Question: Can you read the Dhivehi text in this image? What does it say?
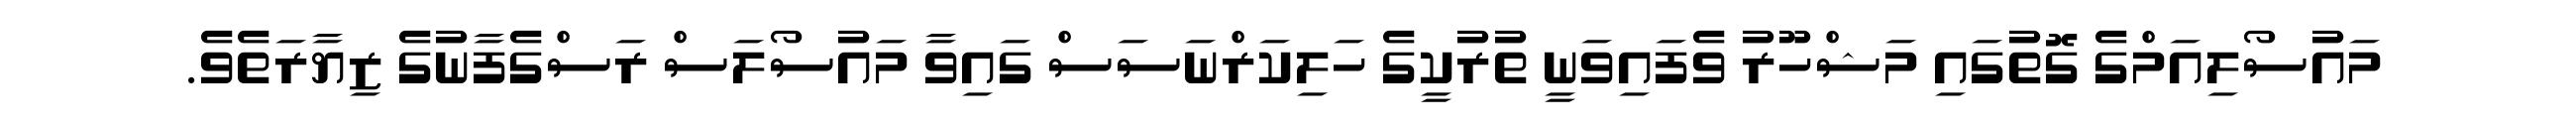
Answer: މައުސޯލިއަމްގެ ގޮތުގައި މަޝްހޫރު ވެފައިވަނީ ތުރުކީގެ ހަލިކަރްނަސަސް ގައިވާ މައުސޯލަސް ރަސްގެފާނުގެ ޒިޔާރަތެވެ.